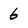
Character: 6